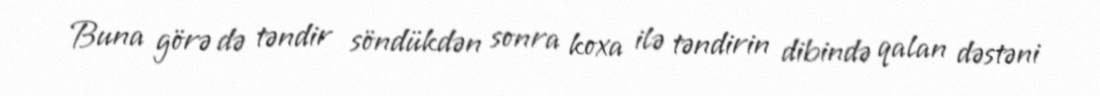
Buna görə də təndir söndükdən sonra koxa ilə təndirin dibində qalan dəstəni